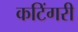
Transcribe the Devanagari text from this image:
कटिंगरी